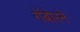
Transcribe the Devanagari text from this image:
गॅबोरने